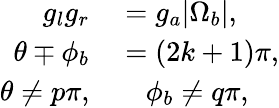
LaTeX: \begin{array}{rl}{g_{l}g_{r}}&{{}=g_{a}|\Omega_{b}|,}\\ {\theta\mp\phi_{b}}&{{}=(2k+1)\pi,}\\ {\theta\neq p\pi,}&{{}\quad\phi_{b}\neq q\pi,}\end{array}